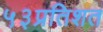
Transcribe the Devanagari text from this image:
५३प्रतिशत